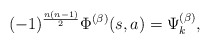
\begin{align*}(-1)^{\frac{n(n-1)}{2}}\Phi^{(\beta)}(s,a) = \Psi_k^{(\beta)}, \end{align*}